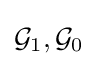
{\mathcal {G}}_{1},{\mathcal {G}}_{0}